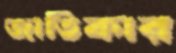
জাতিকার